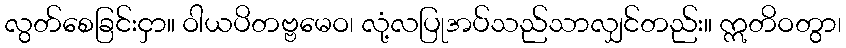
လွတ်စေခြင်းငှာ။ ဝါယပိတဗ္ဗမေဝ၊ လုံ့လပြုအပ်သည်သာလျှင်တည်း။ ဣတိဝတွာ၊